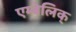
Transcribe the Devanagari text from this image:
एम्बेलिक्